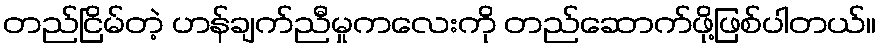
တည်ငြိမ်တဲ့ ဟန်ချက်ညီမှုကလေးကို တည်ဆောက်ဖို့ဖြစ်ပါတယ်။